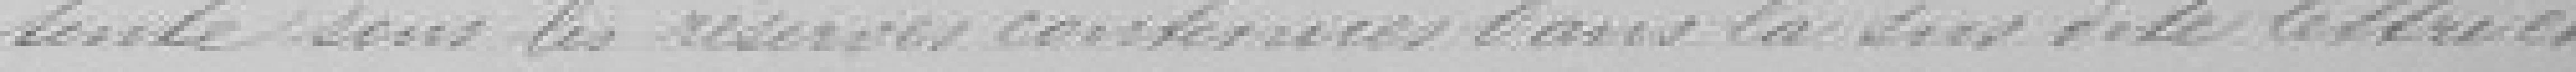
-tente sans les réserves concernées dans la ? dite lettre et